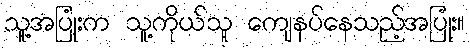
သူ့အပြုံးက သူ့ကိုယ်သူ ကျေနပ်နေသည့်အပြုံး။